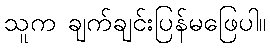
သူက ချက်ချင်းပြန်မဖြေပါ။